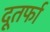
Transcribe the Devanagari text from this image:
दूतर्फा